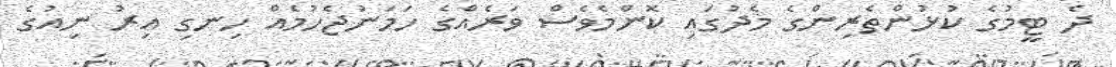
ދެ ޓީމުގެ ކުޅުންތެރިންގެ މެދުގައި ކޮންމެވެސް ވަރެއްގެ ހަމަނުޖެހުމެއް ހިނގި އިރު ނިއުގެ